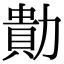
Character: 𭅁